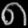
Digit: ၈